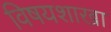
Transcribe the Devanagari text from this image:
विषयशाखा